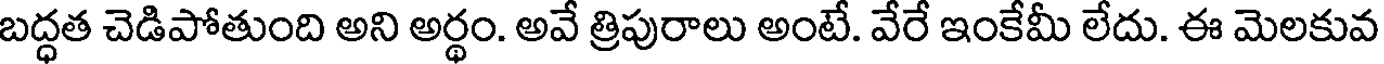
బద్ధత చెడిపోతుంది అని అర్థం. అవే త్రిపురాలు అంటే. వేరే ఇంకేమీ లేదు. ఈ మెలకువ